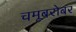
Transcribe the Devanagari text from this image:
चमूबरोबर